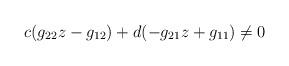
LaTeX: \begin{align*} c(g_{22}z-g_{12}) + d(-g_{21}z+g_{11})\not=0\end{align*}